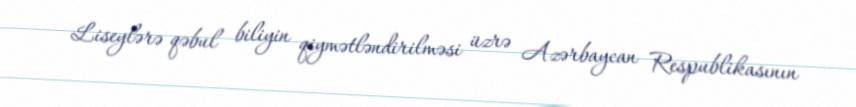
Liseylərə qəbul biliyin qiymətləndirilməsi üzrə Azərbaycan Respublikasının